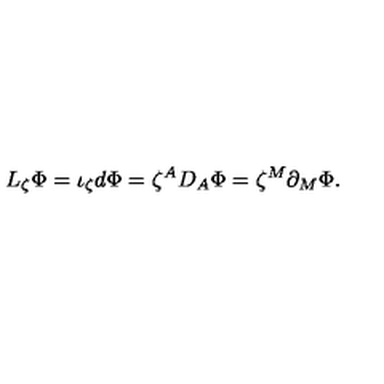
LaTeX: L _ { \zeta } { \Phi } = { \iota } _ { \zeta } d { \Phi } = { \zeta } ^ { A } D _ { A } { \Phi } = { \zeta } ^ { M } \partial _ { M } { \Phi } .